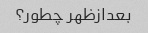
بعدازظهر چطور؟